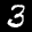
Label: 3